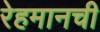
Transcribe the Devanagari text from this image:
रेहमानची